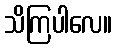
သိကြပါလေ။